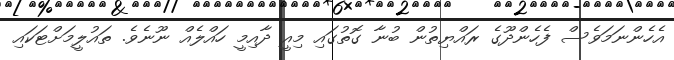
އެހެންނަމަވެސް ފެހެންދޫގެ ރައްޔިތުން ބުނާ ގޮތުގައި މިއީ ދާއިމީ ހައްލެއް ނޫނެވެ. ތައުލީމަށްޓަކައި